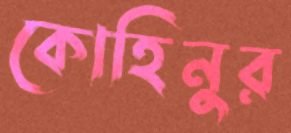
কোহিনুর